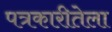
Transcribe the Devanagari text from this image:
पत्रकारीतेला